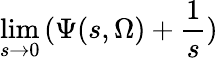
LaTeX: \operatorname*{lim}_{s\rightarrow 0}\, (\Psi(s,\Omega)+\frac{1}{s})